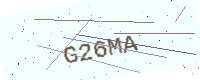
Text: G26MA